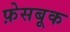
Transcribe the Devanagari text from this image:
फ़ेसबूक